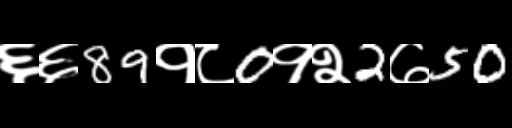
Text: ६६89१८0१२2७50